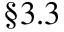
\S 3 . 3